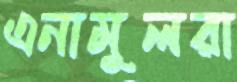
এনামুলরা